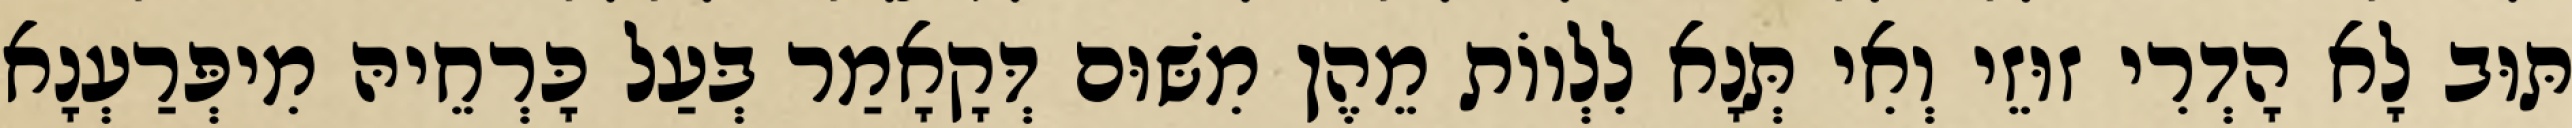
תּוּב לָא הָדְרִי זוּזֵי וְאִי תְּנָא לִלְווֹת מֵהֶן מִשּׁוּם דְּקָאָמַר בְּעַל כָּרְחֵיהּ מִיפְּרַעְנָא